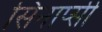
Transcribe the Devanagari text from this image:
सिनाप्सी